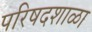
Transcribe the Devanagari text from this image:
परिषदशाळा